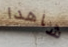
شاهدا